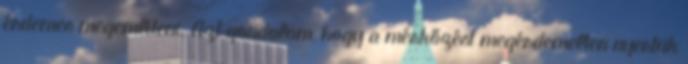
érdemes megemlíteni. Azt gondolom, hogy a mérkőzést megérdemelten nyertük